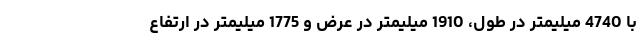
با 4740 میلیمتر در طول، 1910 میلیمتر در عرض و 1775 میلیمتر در ارتفاع